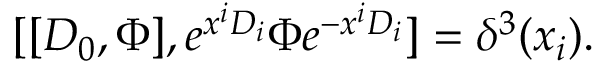
[ [ D _ { 0 } , \Phi ] , e ^ { x ^ { i } D _ { i } } \Phi e ^ { - x ^ { i } D _ { i } } ] = \delta ^ { 3 } ( x _ { i } ) .